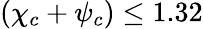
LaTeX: \left(\chi_{c}+\psi_{c}\right)\leq 1.32